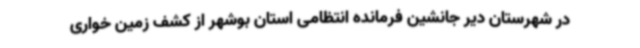
در شهرستان دیر جانشین فرمانده انتظامی استان بوشهر از کشف زمین خواری